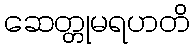
ဆေတ္တုမရဟတိ